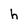
Character: h